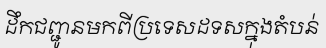
ដឹកជញ្ជូនមកពីប្រទេសដទសក្នុងតំបន់